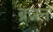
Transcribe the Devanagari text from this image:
ब्रन्नन